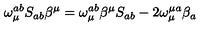
\omega _ { \mu } ^ { a b } S _ { a b } \beta ^ { \mu } = \omega _ { \mu } ^ { a b } \beta ^ { \mu } S _ { a b } - 2 \omega _ { \mu } ^ { \mu a } \beta _ { a }